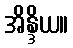
အိန္ဒိယ။